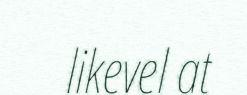
likevel at